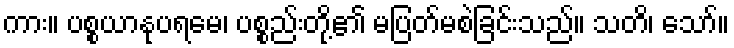
ကား။ ပစ္စယာနုပရမေ၊ ပစ္စည်းတို့၏ မပြတ်မစဲခြင်းသည်။ သတိ၊ သော်။